Vaccination in the Punjab 1867-1880 - 1867-1880
Year: 1867
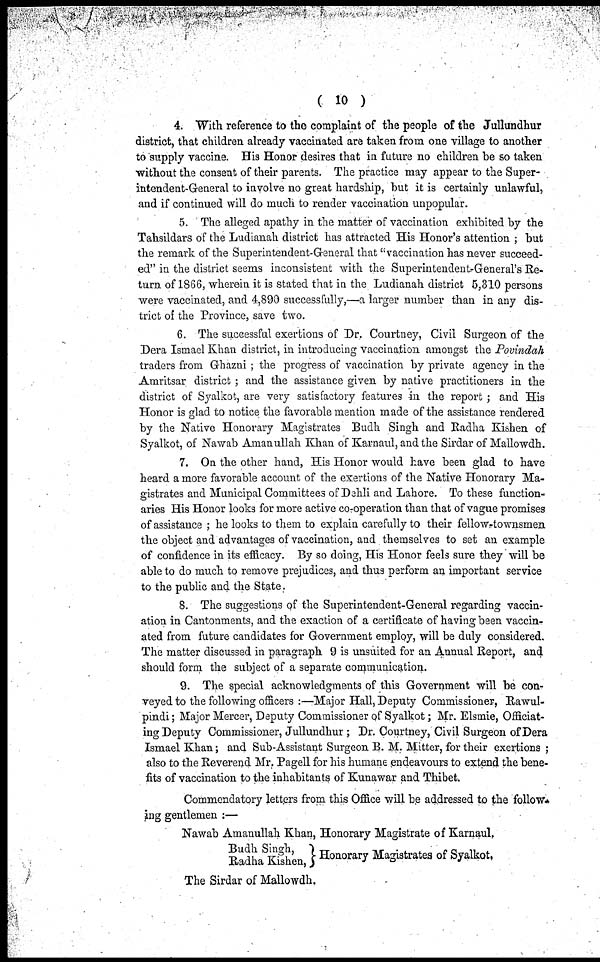
( 10 )
4. With reference to the complaint of the people of the Jullundhur
district, that children already vaccinated are taken from one village to another
to supply vaccine. His Honor desires that in future no children be so taken
without the consent of their parents. The practice may appear to the Super-
intendent-General to involve no great hardship, but it is certainly unlawful,
and if continued will do much to render vaccination unpopular.
5. The alleged apathy in the matter of vaccination exhibited by the
Tahsildars of the Ludianah district has attracted His Honor's attention ; but
the remark of the Superintendent-General that "vaccination has never succeed-
ed" in the district seems inconsistent with the Superintendent-General's Re-
turn of 1866, wherein it is stated that in the Ludianah district 5,310 persons
were vaccinated, and 4,890 successfully,—a larger number than in any dis-
trict of the Province, save two.
6. The successful exertions of Dr. Courtney, Civil Surgeon of the
Dera Ismael Khan district, in introducing vaccination amongst the Povindah
traders from Ghazni; the progress of vaccination by private agency in the
Amritsar district; and the assistance given by native practitioners in the
district of Syalkot, are very satisfactory features in the report; and His
Honor is glad to notice the favorable mention made of the assistance rendered
by the Native Honorary Magistrates Budh Singh and Radha Kishen of
Syalkot, of Nawab Amanullah Khan of Karnaul, and the Sirdar of Mallowdh.
7. On the other hand, His Honor would have been glad to have
heard a more favorable account of the exertions of the Native Honorary Ma-
gistrates and Municipal Committees of Dehli and Lahore. To these function-
aries His Honor looks for more active co-operation than that of vague promises
of assistance; he looks to them to explain carefully to their fellow-townsmen
the object and advantages of vaccination, and themselves to set an example
of confidence in its efficacy. By so doing, His Honor feels sure they will be
able to do much to remove prejudices, and thus perform an important service
to the public and the State.
8. The suggestions of the Superintendent-General regarding vaccin-
ation in Cantonments, and the exaction of a certificate of having been vaccin-
ated from future candidates for Government employ, will be duly considered.
The matter discussed in paragraph 9 is unsuited for an Annual Report, and
should form the subject of a separate communication.
9. The special acknowledgments of this Government will be con-
veyed to the following officers :—Major Hall, Deputy Commissioner, Rawul-
pindi; Major Mercer, Deputy Commissioner of Syalkot; Mr. Elsmie, Officiat-
ing Deputy Commissioner, Jullundhur; Dr. Courtney, Civil Surgeon of Dera
Ismael Khan; and Sub-Assistant Surgeon B. M. Mitter, for their exertions;
also to the Reverend Mr. Pagell for his humane endeavours to extend the bene-
fits of vaccination to the inhabitants of Kunawar and Thibet.
Commendatory letters from this Office will be addressed to the follow-
ing gentlemen :—
Nawab Amanullah Khan, Honorary Magistrate of Karnaul.
Budh Singh,
Radha Kishen,
Honorary Magistrates of Syalkot,
The Sirdar of Mallowdh.